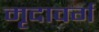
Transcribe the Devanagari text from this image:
मृदावर्ग